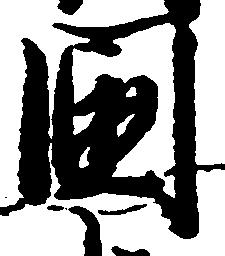
国